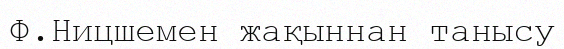
Ф.Ницшемен жақыннан танысу